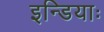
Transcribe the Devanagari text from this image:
इन्डियाः